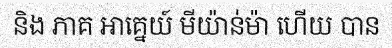
និង ភាគ អាគ្នេយ៍ មីយ៉ាន់ម៉ា ហើយ បាន